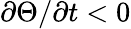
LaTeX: \partial\Theta/\partial t<0